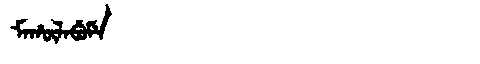
Manchu: ᠮᠠᡥᡡᠯᠠᠪᡠᠮᡝ
Romanization: MAHŪLABUME